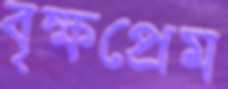
বৃক্ষপ্রেম